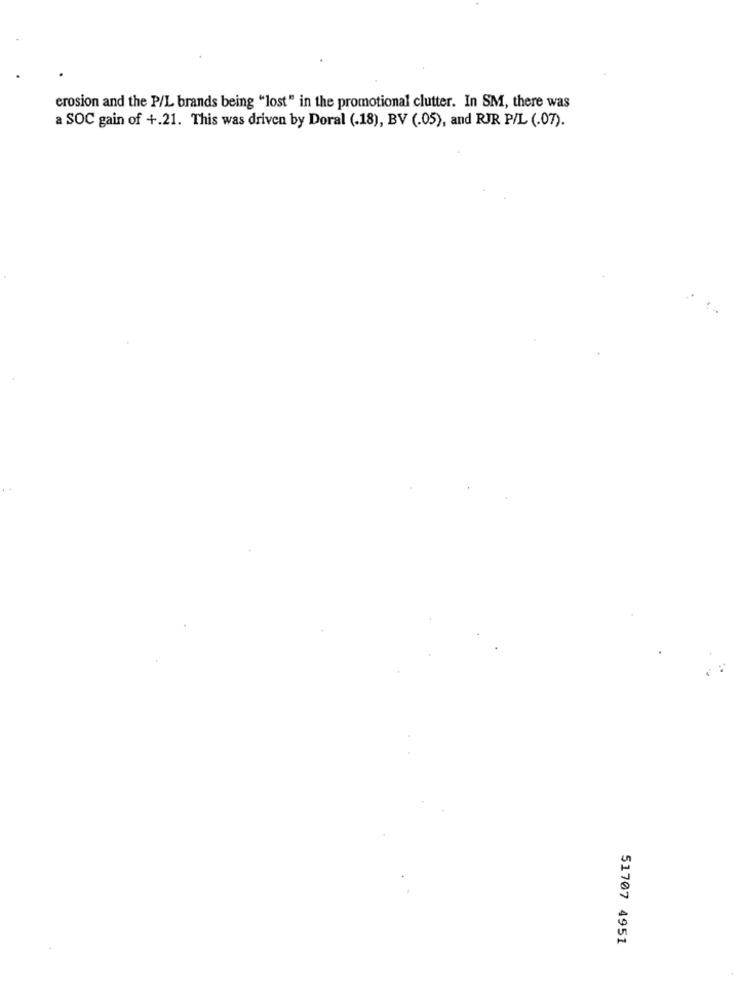
erosion and the P/L brands being "lost" in the promotional clutter. In SM, there was
a SOC gain of +.21. This was driven by Doral (.18), BV (.05), and RJR P/L (.07).
51707 4951